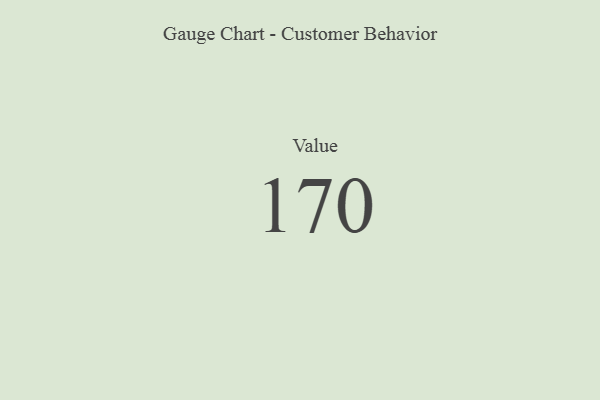
{"axis": {"x": "Metric", "y": "Value"}, "legend": [""], "data": [{"x": "Value", "y": 170, "type": ""}]}